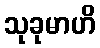
သုခုမာဟိ